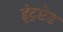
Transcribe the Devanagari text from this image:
इंट्रप्टेड